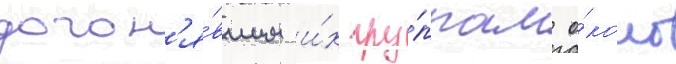
догон'я́вшим и́х гру́ппам о́коло